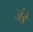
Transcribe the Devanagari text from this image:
जंडे